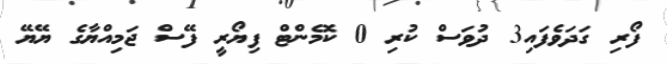
ފޯރި ގަދަވެފައި3 ދުވަސް ކުރި 0 ކޮމެންޓް ފިޔޯރީ ފޭސް ޖަމިއްޔާގެ ޔޭޔޭ